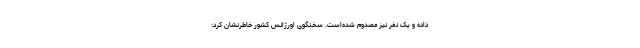
داده و یک نفر نیز مصدوم شده‌است. سخنگوی اورژانس کشور خاطرنشان کرد: